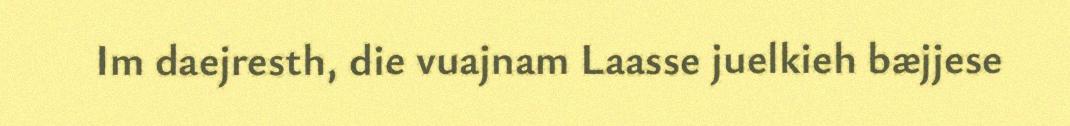
Im daejresth, die vuajnam Laasse juelkieh bæjjese